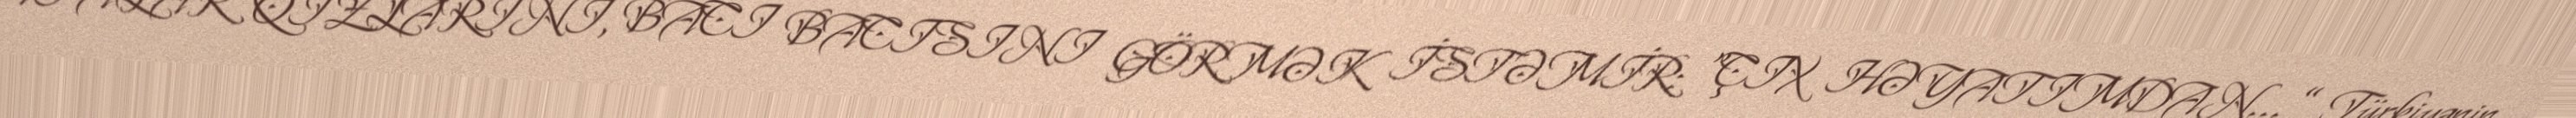
ATALAR QIZLARINI, BACI BACISINI GÖRMƏK İSTƏMİR: “ÇIX HƏYATIMDAN…” Türkiyənin